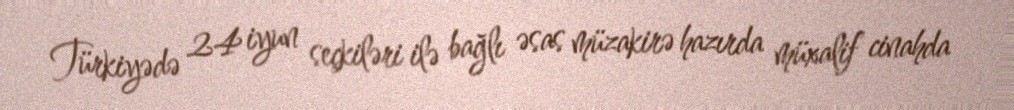
Türkiyədə 24 iyun seçkiləri ilə bağlı əsas müzakirə hazırda müxalif cinahda